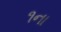
૧ના